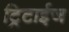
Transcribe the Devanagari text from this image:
ट्रिटाईज